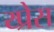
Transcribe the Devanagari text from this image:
य्प्रेस